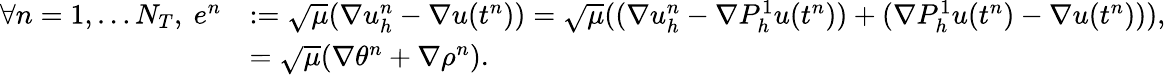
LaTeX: \begin{array}{rl}{\forall n=1,\dots N_{T},\ e^{n}}&{:=\sqrt{\mu}(\nabla u_{h}^{n}-\nabla u(t^{n}))=\sqrt{\mu}((\nabla u_{h}^{n}-\nabla P_{h}^{1}u(t^{n}))+(\nabla P_{h}^{1}u(t^{n})-\nabla u(t^{n}))),}\\ &{=\sqrt{\mu}(\nabla\theta^{n}+\nabla\rho^{n}).}\end{array}